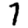
Digit: 7